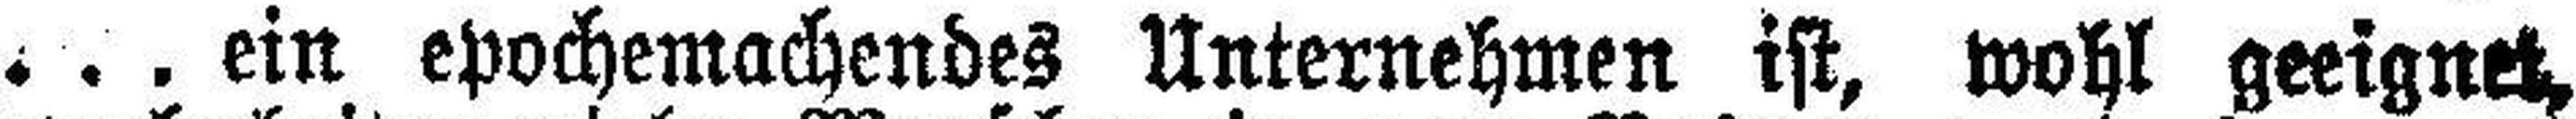
. . ein epochemachendes Unternehmen ist, wohl geeignet,